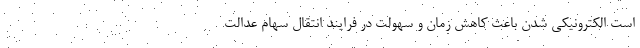
است الکترونیکی شدن باعث کاهش زمان و سهولت در فرایند انتقال سهام عدالت